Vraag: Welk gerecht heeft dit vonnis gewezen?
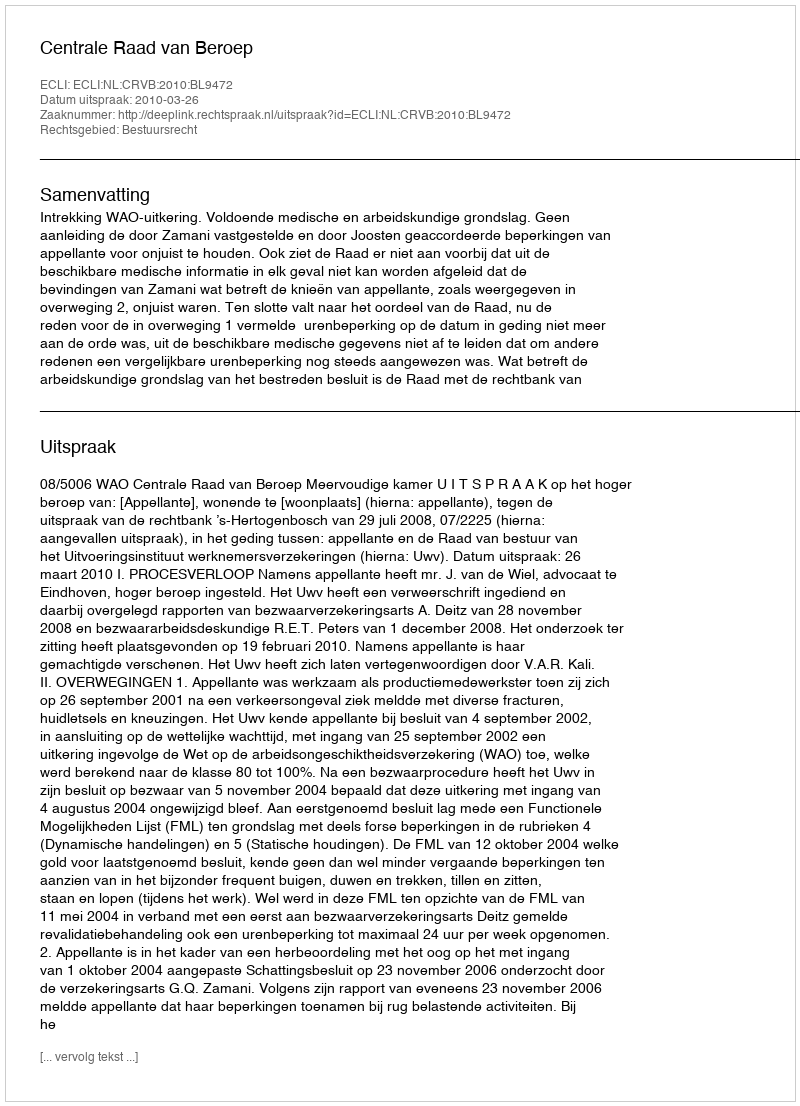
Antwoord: Centrale Raad van Beroep